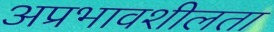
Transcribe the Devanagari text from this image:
अप्रभावशीलता